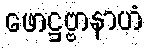
ဖောဋ္ဌဗ္ဗာနာဟံ